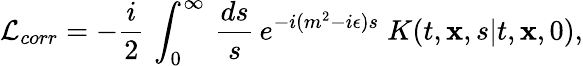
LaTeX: {\cal L}_{corr}=-{\frac{i}{2}}\, \int_{0}^{\infty}\, {\frac{ds}{s}}\, e^{-i(m^{2}-i\epsilon)s}\; K(t,{\mathbf x},s\vert t,{\mathbf x},0),